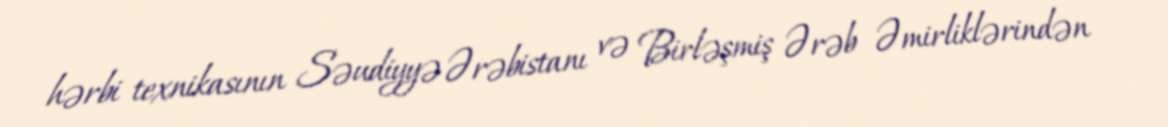
hərbi texnikasının Səudiyyə Ərəbistanı və Birləşmiş Ərəb Əmirliklərindən